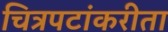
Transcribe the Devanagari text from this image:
चित्रपटांकरीता